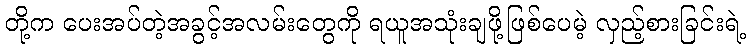
တို့က ပေးအပ်တဲ့အခွင့်အလမ်းတွေကို ရယူအသုံးချဖို့ဖြစ်ပေမဲ့ လှည့်စားခြင်းရဲ့